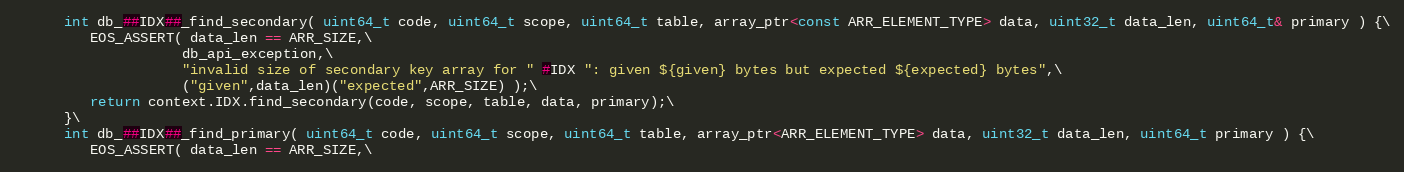
Language: C++
      int db_##IDX##_find_secondary( uint64_t code, uint64_t scope, uint64_t table, array_ptr<const ARR_ELEMENT_TYPE> data, uint32_t data_len, uint64_t& primary ) {\
         EOS_ASSERT( data_len == ARR_SIZE,\
                    db_api_exception,\
                    "invalid size of secondary key array for " #IDX ": given ${given} bytes but expected ${expected} bytes",\
                    ("given",data_len)("expected",ARR_SIZE) );\
         return context.IDX.find_secondary(code, scope, table, data, primary);\
      }\
      int db_##IDX##_find_primary( uint64_t code, uint64_t scope, uint64_t table, array_ptr<ARR_ELEMENT_TYPE> data, uint32_t data_len, uint64_t primary ) {\
         EOS_ASSERT( data_len == ARR_SIZE,\